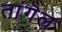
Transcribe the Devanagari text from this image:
तांगॆल